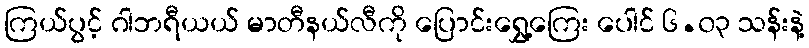
ကြယ်ပွင့် ဂါဘရီယယ် မာတီနယ်လီကို ပြောင်းရွှေ့ကြေး ပေါင် ၆.၀၃ သန်းနဲ့